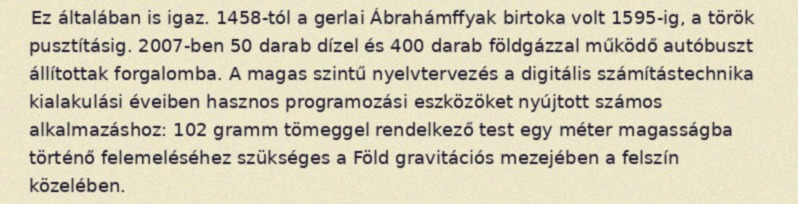
Ez általában is igaz. 1458-tól a gerlai Ábrahámffyak birtoka volt 1595-ig, a török pusztításig. 2007-ben 50 darab dízel és 400 darab földgázzal működő autóbuszt állítottak forgalomba. A magas szintű nyelvtervezés a digitális számítástechnika kialakulási éveiben hasznos programozási eszközöket nyújtott számos alkalmazáshoz: 102 gramm tömeggel rendelkező test egy méter magasságba történő felemeléséhez szükséges a Föld gravitációs mezejében a felszín közelében.